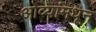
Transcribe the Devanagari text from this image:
ओव्यांमधून